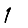
Digit: 1